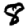
Digit: 8